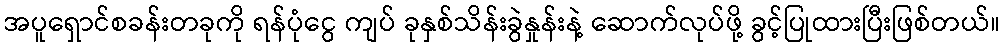
အပူရှောင်စခန်းတခုကို ရန်ပုံငွေ ကျပ် ခုနှစ်သိန်းခွဲနှုန်းနဲ့ ဆောက်လုပ်ဖို့ ခွင့်ပြုထားပြီးဖြစ်တယ်။